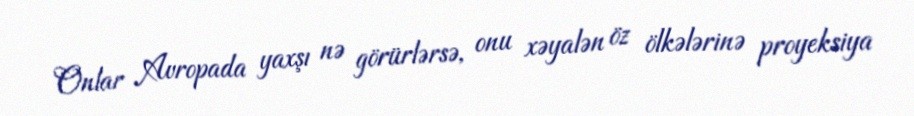
Onlar Avropada yaxşı nə görürlərsə, onu xəyalən öz ölkələrinə proyeksiya